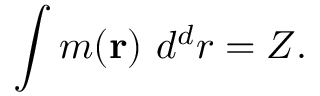
\int m ( { \mathbf { r } } ) ~ d ^ { d } r = Z .